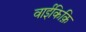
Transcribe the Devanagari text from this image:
वाईकिक़ि